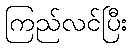
ကြည်လင်ပြီး